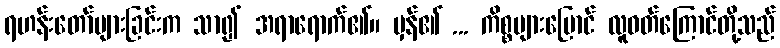
ရဟန်းတော်များခြင်းက သာ၍ အရာရောက်၏။ မှန်၏ ... ကိစ္စများမြောင် လူဝတ်ကြောင်တို့သည်